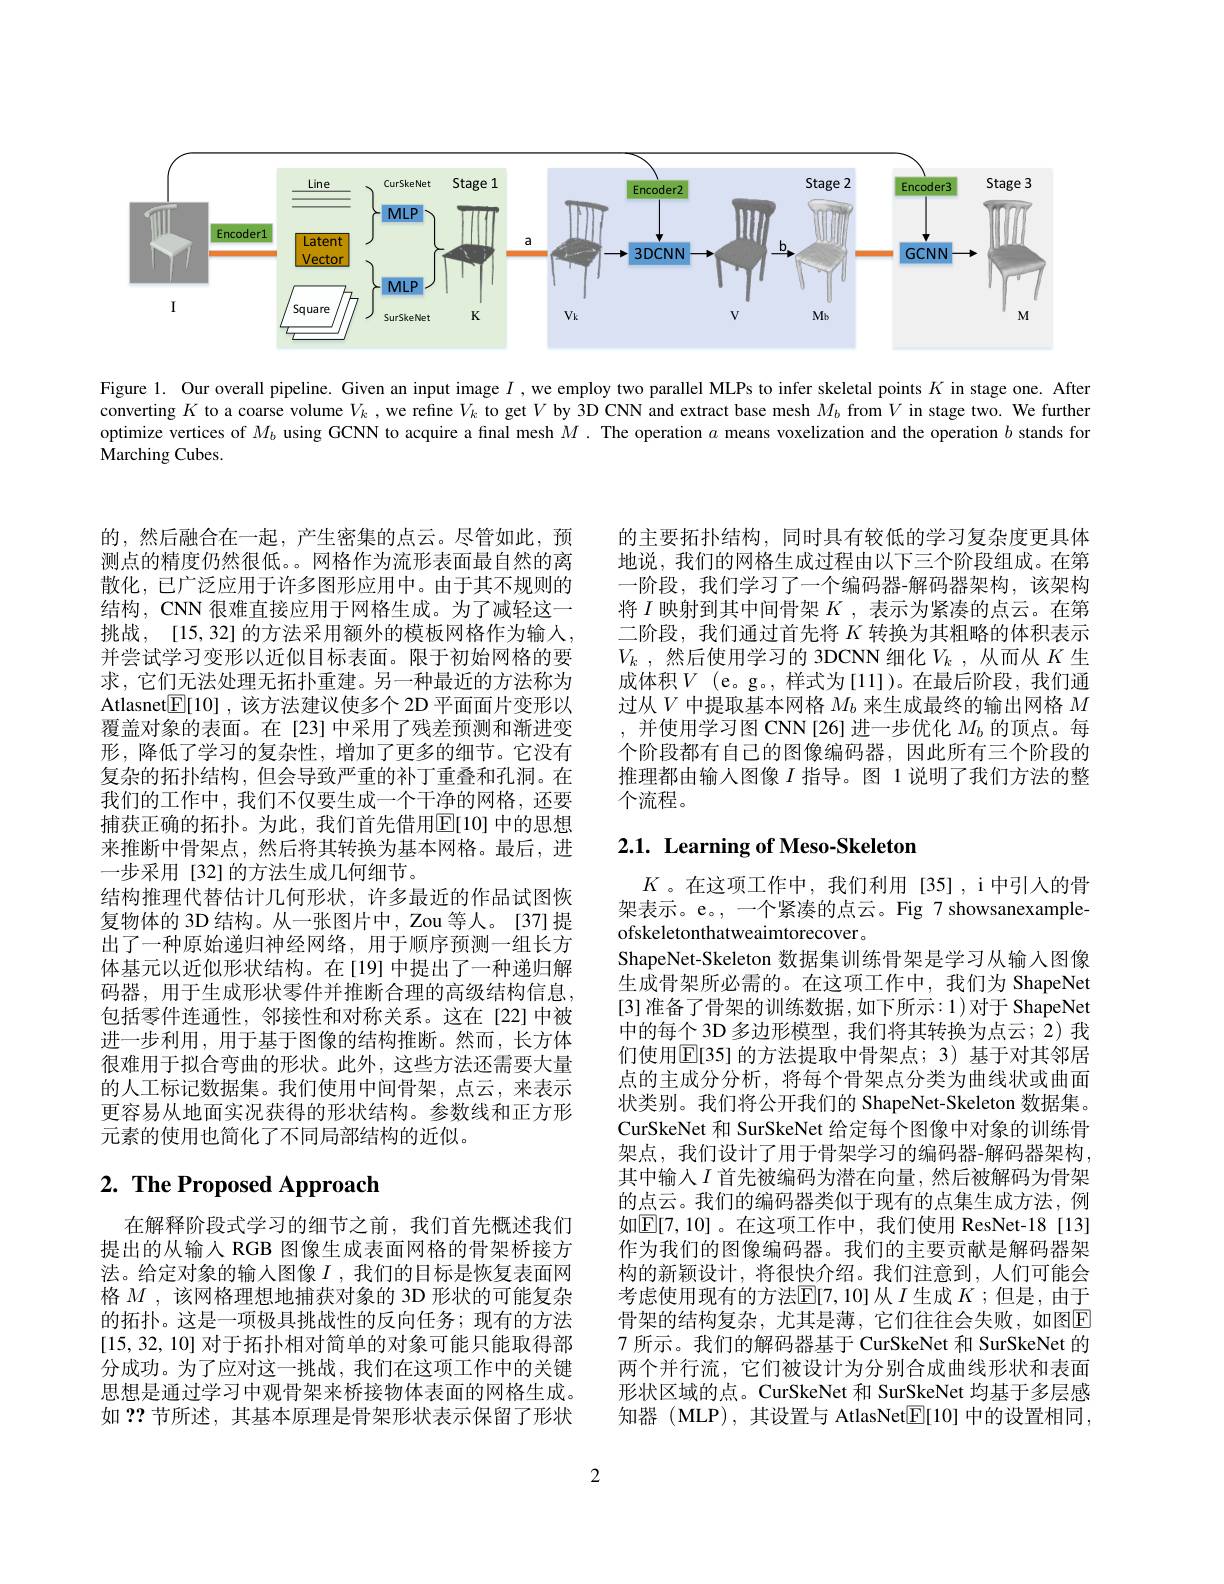
<FigureHere>

Figure 1. Our overall pipeline. Given an input image $I$ ,we employ two parallel MLPs to infer skeletal points $K$ in stage one. After converting $K$ to a coarse volume $V_k$ , we refine $V_k$ to get $V$ by 3D CNN and extract base mesh $M_b$ from $V$ in stage two. We further optimize vertices of $M_b$ using GCNN to acquire a final mesh $M.$ The operation $a$ means voxelization and the operation $b$ stands for Marching Cubes.

的，然后融合在一起，产生密集的点云。尽管如此，预测点的精度仍然很低。。网格作为流形表面最自然的离散化，已广泛应用于许多图形应用中。由于其不规则的结构，CNN 很难直接应用于网格生成。为了减轻这一挑战，[15,32]的方法采用额外的模板网格作为输入， 并尝试学习变形以近似目标表面。限于初始网格的要求，它们无法处理无拓扑重建。另一种最近的方法称为Atlasnet$\boxed{\mathbb{F}}[10]$,该方法建议使多个 2D 平面面片变形以覆盖对象的表面。在[23]中采用了残差预测和渐进变形，降低了学习的复杂性，增加了更多的细节。它没有复杂的拓扑结构，但会导致严重的补丁重叠和孔洞。在我们的工作中，我们不仅要生成一个干净的网格，还要捕获正确的拓扑。为此，我们首先借用$\overline{\mathrm{E}}[10]$ 中的思想来推断中骨架点，然后将其转换为基本网格。最后，进一步采用[32]的方法生成几何细节。
结构推理代替估计几何形状，许多最近的作品试图恢复物体的 3D 结构。从一张图片中，Zou 等人。[37]提出了一种原始递归神经网络，用于顺序预测一组长方体基元以近似形状结构。在[19]中提出了一种递归解码器，用于生成形状零件并推断合理的高级结构信息， 包括零件连通性，邻接性和对称关系。这在[22]中被进一步利用，用于基于图像的结构推断。然而，长方体很难用于拟合弯曲的形状。此外，这些方法还需要大量的人工标记数据集。我们使用中间骨架，点云，来表示更容易从地面实况获得的形状结构。参数线和正方形元素的使用也简化了不同局部结构的近似。

# 2. The Proposed Approach

在解释阶段式学习的细节之前，我们首先概述我们提出的从输入 RGB 图像生成表面网格的骨架桥接方法。给定对象的输人图像$I$ ,我们的目标是恢复表面网格$M$ , 该网格理想地捕获对象的 3D 形状的可能复杂的拓扑。这是一项极具挑战性的反向任务；现有的方法[15,32,10]对于拓扑相对简单的对象可能只能取得部分成功。为了应对这一挑战，我们在这项工作中的关键思想是通过学习中观骨架来桥接物体表面的网格生成。如 ?? 节所述，其基本原理是骨架形状表示保留了形状

的主要拓扑结构，同时具有较低的学习复杂度更具体地说，我们的网格生成过程由以下三个阶段组成。在第一阶段，我们学习了一个编码器-解码器架构。该架构将$I$映射到其中间骨架$K$,表示为紧凑的点云。在第二阶段，我们通过首先将$K$转换为其粗略的体积表示$V_k$ ,然后使用学习的 3DCNN 细化$V_k$ ,从而从 $K$ 生成体积$V$ (e。g。,样式为[11])。在最后阶段，我们通过从$V$中提取基本网格$M_b$来生成最终的输出网格$M$ ,并使用学习图 CNN[26]进一步优化$M_b$的顶点。每个阶段都有自己的图像编码器，因此所有三个阶段的推理都由输入图像$I$ 指导。图 1说明了我们方法的整个流程。

# $2. 1. \textbf{ Learning of Meso- Skeleton}$

$K$ 。在这项工作中，我们利用[35],i中引人的骨架表示。e。,一个紧凑的点云。Fig 7 showsanexampleofskeletonthatweaimtorecover。
ShapeNet-Skeleton 数据集训练骨架是学习从输入图像生成骨架所必需的。在这项工作中，我们为 ShapeNet [3] 准备了骨架的训练数据 ,如下所示：1)对于 ShapeNet 中的每个 3D 多边形模型，我们将其转换为点云；2) 我们使用$\mathbb{E}[35]$ 的方法提取中骨架点；3) 基于对其邻居点的主成分分析，将每个骨架点分类为曲线状或曲面状类别。我们将公开我们的 ShapeNet-Skeleton 数据集。CurSkeNet 和 SurSkeNet 给定每个图像中对象的训练骨架点，我们设计了用于骨架学习的编码器-解码器架构， 其中输人$I$ 首先被编码为潜在向量，然后被解码为骨架的点云。我们的编码器类似于现有的点集生成方法，例如$\mathbb{E}[7,10]$。在这项工作中，我们使用 ResNet-18[13] 作为我们的图像编码器。我们的主要贡献是解码器架构的新颖设计，将很快介绍。我们注意到，人们可能会考虑使用现有的方法$\mathbb{E}[7,10]$从$I$生成$K$ ;但是，由于骨架的结构复杂，尤其是薄，它们往往会失败，如图$\boxed{\mathrm{F}}$ 7 所示。我们的解码器基于 CurSkeNet 和 SurSkeNet 的两个并行流，它们被设计为分别合成曲线形状和表面形状区域的点。CurSkeNet 和 SurSkeNet 均基于多层感知器 ( MLP), 其设置与 AtlasNet$\boxed{\mathbb{F}}[10]$中的设置相同，

2